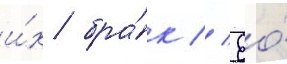
и́х бра́к // Ео́